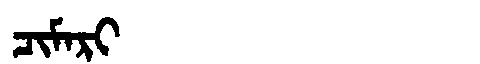
Manchu: ᠴᡳᠮᠠᡵᡳ
Romanization: CIMARI